Scientific memoirs by medical officers of the Army of India - Part X,
Year: 1897
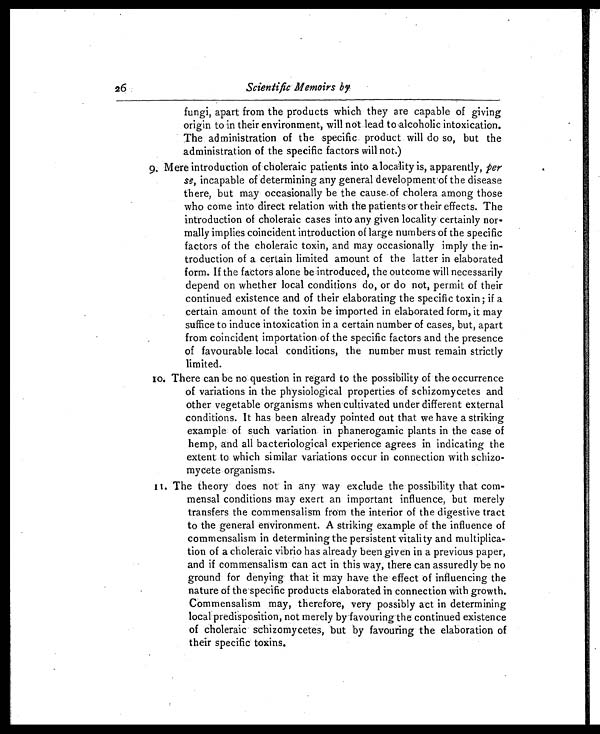
26
Scientific Memoirs by
fungi, apart from the products which they are capable of giving
origin to in their environment, will not lead to .alcoholic intoxication.
The administration of the specific product will do so, but the
administration of the specific factors will not.)
9. Mere introduction of choleraic patients into a locality is, apparently, per
se, incapable of determining any general development of the disease
there, but may occasionally be the cause of cholera among those
who come into direct relation with the patients or their effects. The
introduction of choleraic cases into any given locality certainly nor-
mally implies coincident introduction of large numbers of the specific
factors of the choleraic toxin, and may occasionally imply the in-
troduction of a certain limited amount of the latter in elaborated
form. If the factors alone be introduced, the outcome will necessarily
depend on whether local conditions do, or do not, permit of their
continued existence and of their elaborating the specific toxin; if a
certain amount of the toxin be imported in elaborated form, it may
suffice to induce intoxication in a certain number of cases, but, apart
from coincident importation of the specific factors and the presence
of favourable local conditions, the number must remain strictly
limited.
1 0 . T h e r e c a n b e n o q u e s t i o n i n r e g a r d t o t h e p o s s i b i l i t y o f t h e o c c u r r e n c e
of variations in the physiological properties of schizomycetes and
other vegetable organisms when cultivated under different external
conditions. It has been already pointed out that we have a striking
example of such variation in phanerogamic plants in the case of
hemp, and all bacteriological experience agrees in indicating the
extent to which similar variations occur in connection with schizo-
mycete organisms.
11. The theory does not in any way exclude the possibility that com-
mensal conditions may exert an important influence, but merely
transfers the commensalism from the interior of the digestive tract
to the general environment. A striking example of the influence of
commensalism in determining the persistent vitality and multiplica-
tion of a choleraic vibrio has already been given in a previous paper,
and if commensalism can act in this way, there can assuredly be no
ground for denying that it may have the effect of influencing the
nature of the specific products elaborated in connection with growth.
Commensalism may, therefore, very possibly act in determining
local predisposition, not merely by favouring the continued existence
of choleraic schizomycetes, but by favouring the elaboration of
their specific toxins.